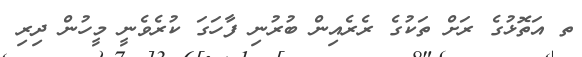
ތ އަތޮޅުގެ ރަށް ތަކުގެ ރެރެއިން ބުރުނި ފާހަގަ ކުރެވެނީ މީހުން ދިރި